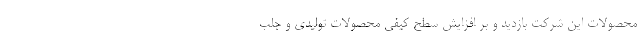
محصولات این شرکت بازدید و بر افزایش سطح کیفی محصولات تولیدی و جلب